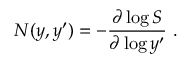
N ( y , y ^ { \prime } ) = - { \frac { \partial \log S } { \partial \log y ^ { \prime } } } \ .